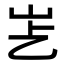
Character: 𡵋